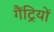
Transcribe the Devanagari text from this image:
गैंट्रियों